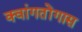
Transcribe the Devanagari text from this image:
क्वांगतोंगास